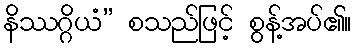
နိဿဂ္ဂိယံ” စသည်ဖြင့် စွန့်အပ်၏။